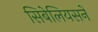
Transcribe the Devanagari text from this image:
सिबेलियसने